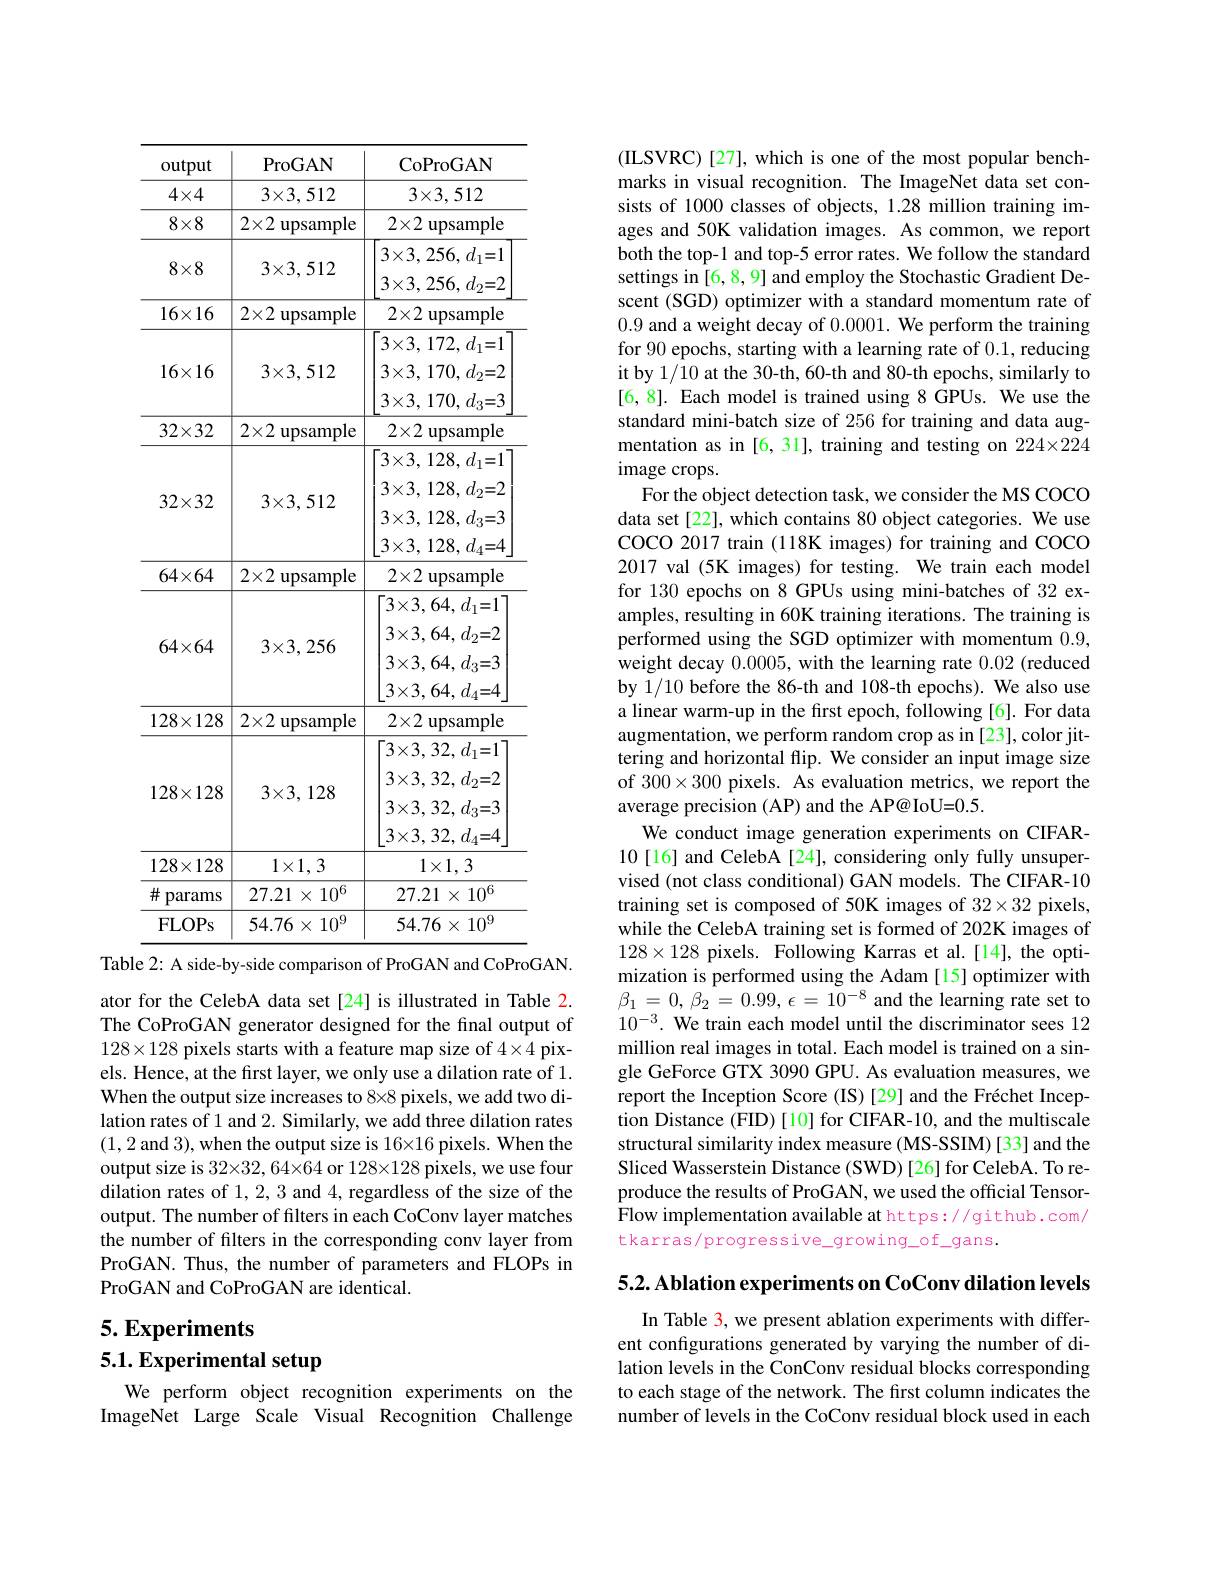
<table>
	<tbody>
		<tr>
			<th>output</th>
			<th>ProGAN</th>
			<th>CoProGAN</th>
		</tr>
		<tr>
			<td>$4\times4$</td>
			<td>$3\times3,512$</td>
			<td>$3\times3,512$</td>
		</tr>
		<tr>
			<td>$8\times8$</td>
			<td>$2\times2$ upsample</td>
			<td>$2\times2$ upsample</td>
		</tr>
		<tr>
			<td>$8\times8$</td>
			<td>$3\times3,512$</td>
			<td>$3\times3,256,d_{1}{=}1$ $3\times3,256,d_{2}=2$</td>
		</tr>
		<tr>
			<td>$16\times16$</td>
			<td>$2\times2$ upsample</td>
			<td>$2\times2$ upsample</td>
		</tr>
		<tr>
			<td>$16\times16$</td>
			<td>$3\times3,512$</td>
			<td>$3\times 3$, 172, $d_{1}= 1$ $3\times 3$, 170, $d_{2}{= }2$ $3\times3,170,d_{3}{=}3$</td>
		</tr>
		<tr>
			<td>$32\times32$ 32×32</td>
			<td>$2\times2$ upsample $3\times3,512$</td>
			<td>$2\times2$ upsample ${}3\times 3$, 128, $d_{1}= 1$ $3\times 3$, 128, $d_{2}= 2$</td>
		</tr>
		<tr>
			<td>$32\times32$</td>
			<td>$3\times3,512$</td>
			<td>$\times 0$, $1\angle 0$, $u_{1}=$ $3\times 3$, 128, $d_{2}{= }2$ $3\times 3$, 128, $d_{3}{= }3$ $3\times 3$, 128, $d_{4}{= }4$</td>
		</tr>
		<tr>
			<td>$64\times64$</td>
			<td>$2\times2$ upsample</td>
			<td>L $2\times2$ upsample</td>
		</tr>
		<tr>
			<td>$64\times64$</td>
			<td>$3\times3,256$</td>
			<td>$-3\times3,64,d_{1}=1$ $3\times3,64,d_{2}=2$ $3\times3,64,d_{3}{=}3$ $3\times3.64.d_{A}=4$</td>
		</tr>
		<tr>
			<td>17 179</td>
			<td> </td>
			<td>$3\times3,64,d_{4}{=}4$ $\mathrm{nl}_{c}$</td>
		</tr>
		<tr>
			<td>$128\times128$</td>
			<td>$3\times3,128$</td>
			<td>$3\times3,32,d_{1}{=}1$ $3\times3,32,d_{2}=2$ $3\times3,32,d_{3}{=}3$ $3\times3,32,d_{4}=4$</td>
		</tr>
		<tr>
			<td>$128\times128$</td>
			<td>$1\times1,3$</td>
			<td>$1\times1,3$</td>
		</tr>
		<tr>
			<td>井 params</td>
			<td>27.21 $1\times$ $10^6$ </td>
			<td>27.21 $1\times10^{6}$ </td>
		</tr>
		<tr>
			<td>FLOPs</td>
			<td>54.76 $6\times10^{9}$ 1 1</td>
			<td>$54.76\times10^{9}$</td>
		</tr>
	</tbody>
</table>
Table 2: A side-by-side comparison of ProGAN and CoProGAN.

ator for the CelebA data set[24] is illustrated in Table 2. The CoProGAN generator designed for the final output of $128\times128$ pixels starts with a feature map size of 4\times4 pixels. Hence, at the first layer, we only use a dilation rate of 1. When the output size increases to 8\times8 pixels, we add two dilation rates of 1 and 2. Similarly, we add three dilation rates (1,2 and 3), when the output size is 16×16 pixels. When the output size is $32\times32,64\times64$ or $128\times128$ pixels, we use four dilation rates of 1,2,3 and 4, regardless of the size of the output. The number of filters in each CoConv layer matches the number of filters in the corresponding conv layer from ProGAN. Thus, the number of parameters and FLOPs in ProGAN and CoProGAN are identical.

5. Experiments

# 5.1. Experimental setup

We perform object recognition experiments on the ImageNet Large Scale Visual Recognition Challenge

(ILSVRC) [ 27] , which is one of the most popular bench- marks in visual recognition. The ImageNet data set consists of 1000 classes of objects, 1.28 million training images and 50K validation images. As common, we report both the top-1 and top-5 error rates. We follow the standard settings in [6, 8, 9] and employ the Stochastic Gradient Descent (SGD) optimizer with a standard momentum rate of 0.9 and a weight decay of $0. 0001. \textbf{We perform the training}$ for 90 epochs, starting with a learning rate of 0.1,reducing it by 1/10 at the 30-th, 60-th and 80-th epochs, similarly to [6,8]. Each model is trained using 8 GPUs. We use the standard mini-batch size of 256 for training and data augmentation as in [6, 31], training and testing on 224×224 image crops.
For the object detection task, we consider the MS COCO data set[22], which contains 80 object categories. We use COCO 2017 train (118K images) for training and COCO 2017 val (5K images) for testing. We train each model for 130 epochs on 8 GPUs using mini-batches of 32 examples, resulting in 60K training iterations. The training is performed using the SGD optimizer with momentum 0.9, weight decay 0.0005, with the learning rate 0.02 (reduced by 1/10 before the 86-th and 108-th epochs). We also use a linear warm-up in the first epoch, following [6]. For data augmentation, we perform random crop as in [23], color jittering and horizontal flip. We consider an input image size of $300\times300$ pixels. As evaluation metrics, we report the average precision (AP) and the AP@ IoU=0.5.
We conduct image generation experiments on CIFAR- 10[16] and CelebA[24], considering only fully unsupervised (not class conditional) GAN models. The CIFAR-10 training set is composed of 50K images of 32\times32 pixels, while the CelebA training set is formed of 202K images of $128\times128$ pixels. Following Karras et al.[14], the optimization is performed using the Adam [15] optimizer with $\beta_{1}=0,\beta_{2}=0.99,\epsilon=10^{-8}$ and the learning rate set to $10^{-3}.$ We train each model until the discriminator sees 12 million real images in total. Each model is trained on a single GeForce GTX 3090 GPU. As evaluation measures, we report the Inception Score (IS)[29] and the Fréchet Inception Distance (FID) [10] for CIFAR-10, and the multiscale structural similarity index measure (MS-SSIM)[33] and the Sliced Wasserstein Distance (SWD) [26] for CelebA. To reproduce the results of ProGAN, we used the official TensorFlow implementation available at https: //github. com/ tkarras/progressive\_growing\_of\_gans.

5.2. Ablation experiments on CoConv dilation levels

In Table 3, we present ablation experiments with different configurations generated by varying the number of dilation levels in the ConConv residual blocks corresponding to each stage of the network. The first column indicates the number of levels in the CoConv residual block used in each